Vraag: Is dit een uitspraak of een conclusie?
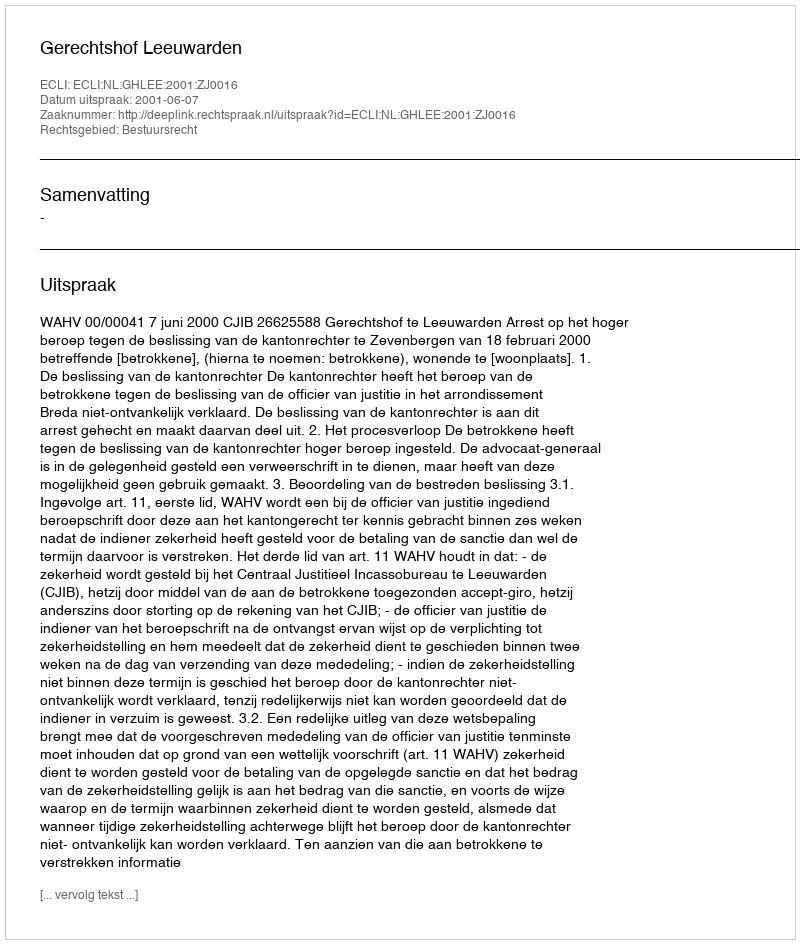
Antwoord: Uitspraak